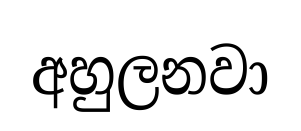
අහුලනවා